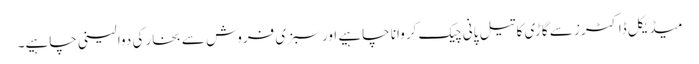
میڈیکل ڈاکٹرز سے گاڑی کا تیل پانی چیک کروانا چاہیے اور سبزی فروش سے بخار کی دوا لینی چاہیے۔